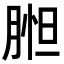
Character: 𦝇